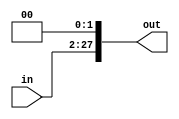
`timescale 1ns / 1ps
module ShiftLeft26Bit(in, out);

input [25:0] in;

output reg [27:0] out;

 always@(in)
 begin
 	out = in << 2;
 end
 endmodule